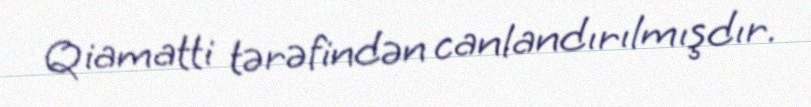
Qiamatti tərəfindən canlandırılmışdır.